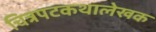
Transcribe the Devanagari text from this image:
चित्रपटकथालेखक